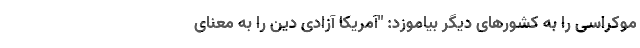
موکراسی را به کشورهای دیگر بیاموزد: "آمریکا آزادی دین را به معنای